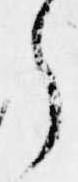
う